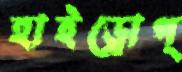
হাইড্রোগ্